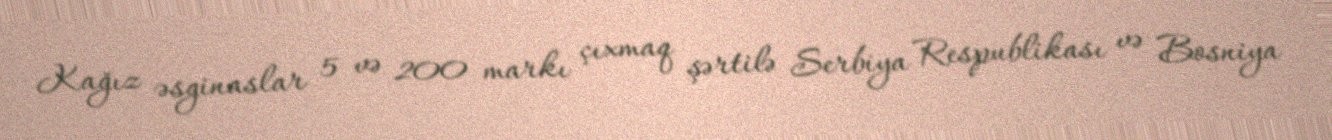
Kağız əsginaslar 5 və 200 markı çıxmaq şərtilə Serbiya Respublikası və Bosniya